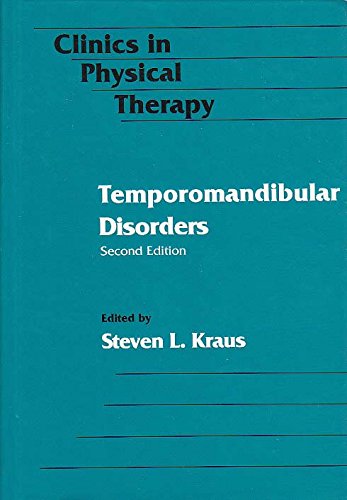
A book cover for Temporomandibular Disorders (Clinics in Physical Therapy); Medical Books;